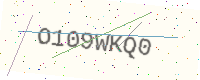
Text: O109WKQ0